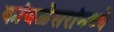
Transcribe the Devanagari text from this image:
कांबळेसरांमध्ये